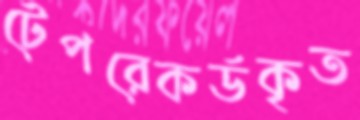
টেপরেকর্ডকৃত